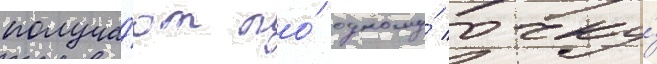
получа́ют по́ одному́ очку́